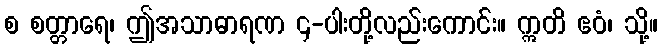
စ စတ္တာရေ၊ ဤအသာဓာရဏ ၄-ပါးတို့လည်းကောင်း။ ဣတိ ဧဝံ၊ သို့။